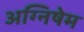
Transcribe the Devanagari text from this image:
अग्निषेम